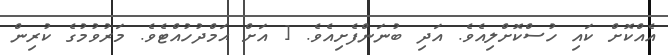
އެއްކޮށް ކައި ހުސްކޮށްލިއެވެ. އަދި ބުނަންފެށިއެވެ. [ އަށް ޙަމްދުހުއްޓެވެ. މަރުވުމުގެ ކުރިން